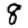
Digit: 8